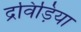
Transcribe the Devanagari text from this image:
द्रविड़िया